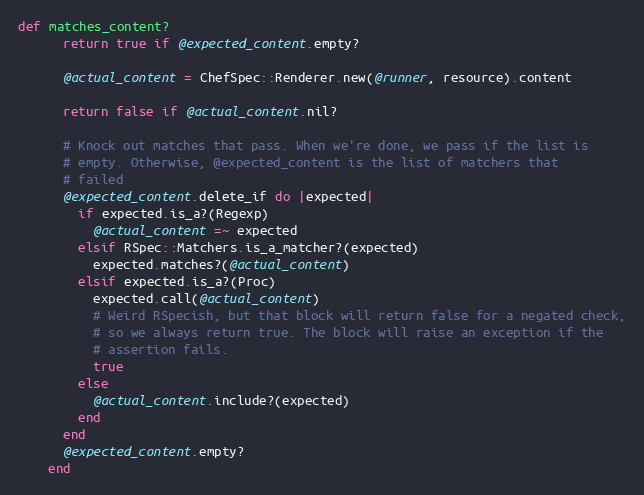
Language: Ruby
def matches_content?
      return true if @expected_content.empty?

      @actual_content = ChefSpec::Renderer.new(@runner, resource).content

      return false if @actual_content.nil?

      # Knock out matches that pass. When we're done, we pass if the list is
      # empty. Otherwise, @expected_content is the list of matchers that
      # failed
      @expected_content.delete_if do |expected|
        if expected.is_a?(Regexp)
          @actual_content =~ expected
        elsif RSpec::Matchers.is_a_matcher?(expected)
          expected.matches?(@actual_content)
        elsif expected.is_a?(Proc)
          expected.call(@actual_content)
          # Weird RSpecish, but that block will return false for a negated check,
          # so we always return true. The block will raise an exception if the
          # assertion fails.
          true
        else
          @actual_content.include?(expected)
        end
      end
      @expected_content.empty?
    end